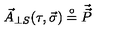
\vec { A } _ { \perp S } ( \tau , \vec { \sigma } ) \stackrel { \circ } { = } { \vec { \vec { P } } }